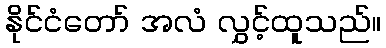
နိုင်ငံတော် အလံ လွှင့်ထူသည်။